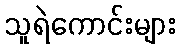
သူရဲကောင်းများ